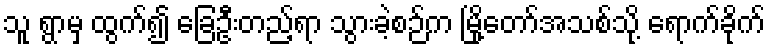
သူ ရွာမှ ထွက်၍ ခြေဦးတည့်ရာ သွားခဲ့စဉ်က မြို့တော်အသစ်သို့ ရောက်ခိုက်